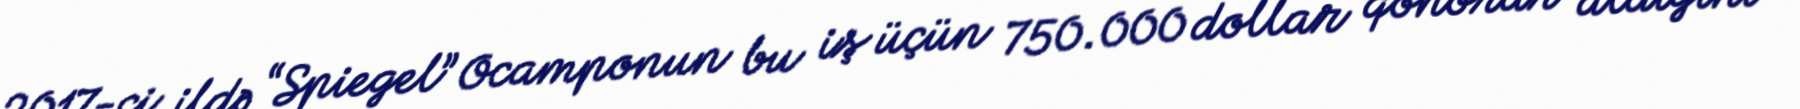
2017-ci ildə “Spiegel” Ocamponun bu iş üçün 750.000 dollar qonorar aldığını